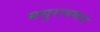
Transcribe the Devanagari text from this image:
मसुराश्रमाचे